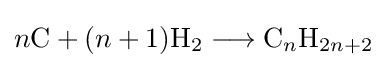
n{\mathrm {C} }+(n+1){\mathrm {H} {\vphantom {A}}_{\smash[{t}]{2}}{}\mathrel {\longrightarrow } {}\mathrm {C} }{}_{n}{\mathrm {H} }_{2n+2}